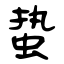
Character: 蛰